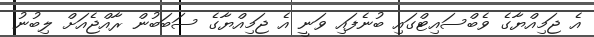
އެ ޖަމިއްޔާގެ ވެބްސައިޓްގައި ބުނެފައި ވަނީ އެ ޖަމިއްޔާގެ ސަބަބުން ރާއްޖެއަށް ލިބުނު